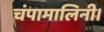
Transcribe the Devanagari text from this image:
चंपामालिनी।